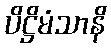
ပိဋ္ဌိမံသာနိ